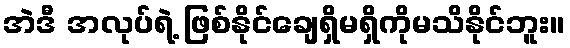
အဲဒီ အလုပ်ရဲ့ ဖြစ်နိုင်ချေရှိမရှိကိုမသိနိုင်ဘူး။